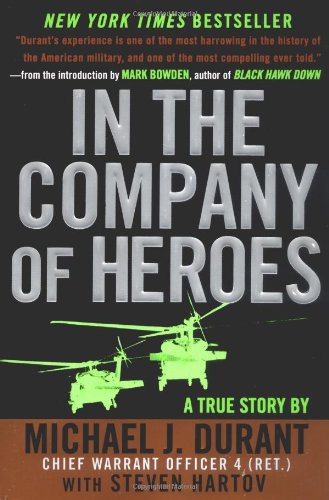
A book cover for In the Company of Heroes; Michael J. Durant; Biographies & Memoirs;